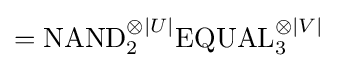
={\text{NAND}}_{2}^{\otimes |U|}{\text{EQUAL}}_{3}^{\otimes |V|}